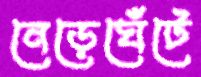
নেড়েঘেঁটে